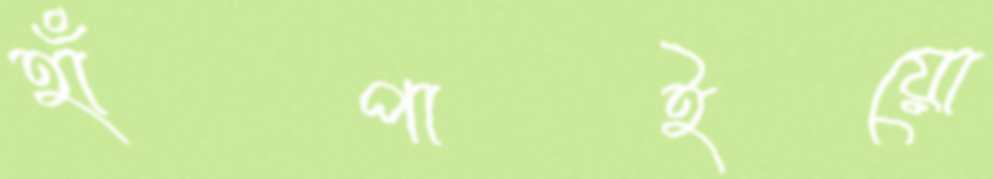
হাঁপাইয়ো